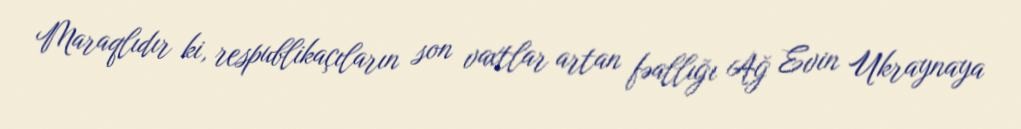
Maraqlıdır ki, respublikaçıların son vaxtlar artan fəallığı Ağ Evin Ukraynaya